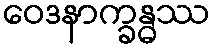
ဝေဒနာက္ခန္ဓဿ